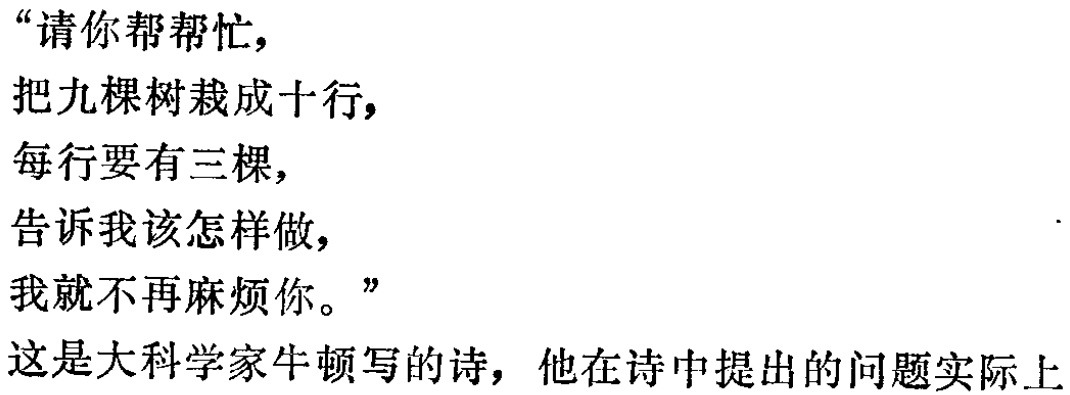
“请你帮帮忙，

把九棵树栽成十行，

每行要有三棵，

告诉我该怎样做，

我就不再麻烦你。”

这是大科学家牛顿写的诗，他在诗中提出的问题实际上